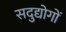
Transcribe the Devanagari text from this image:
सदुद्योगों